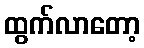
ထွက်လာတော့